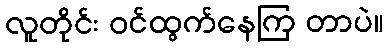
လူတိုင်း ဝင်ထွက်နေကြ တာပဲ။